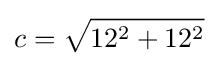
c={\sqrt {12^{2}+12^{2}}}